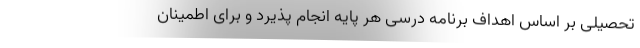
تحصیلی بر اساس اهداف برنامه درسی هر پایه انجام پذیرد و برای اطمینان